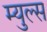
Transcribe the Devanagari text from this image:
म्युल्स